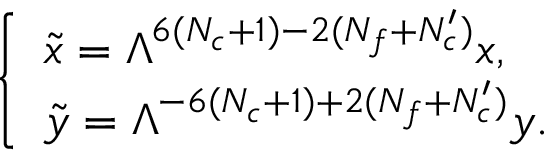
\left\{ \begin{array} { l } { { \tilde { x } = \Lambda ^ { 6 ( N _ { c } + 1 ) - 2 ( N _ { f } + N _ { c } ^ { \prime } ) } x , } } \\ { { \tilde { y } = \Lambda ^ { - 6 ( N _ { c } + 1 ) + 2 ( N _ { f } + N _ { c } ^ { \prime } ) } y . } } \end{array} \right.